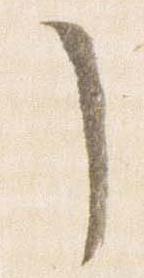
了